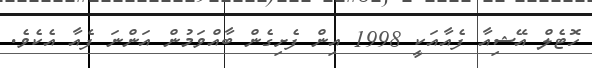
ހޮޓެލް އޭޝިއާ ފެއާއަކީ 1998 އިން ފެށިގެން ބާއްވަމުން އަންނަ ފެއާ އެކެވެ.